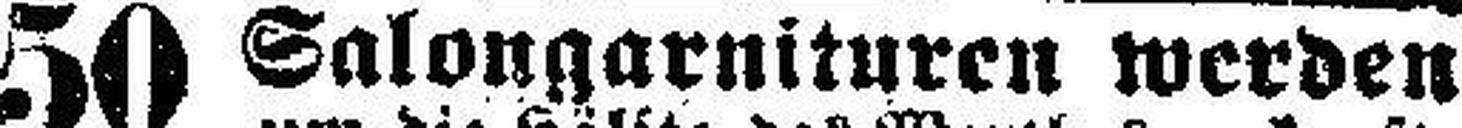
50 Salongarnituren werden